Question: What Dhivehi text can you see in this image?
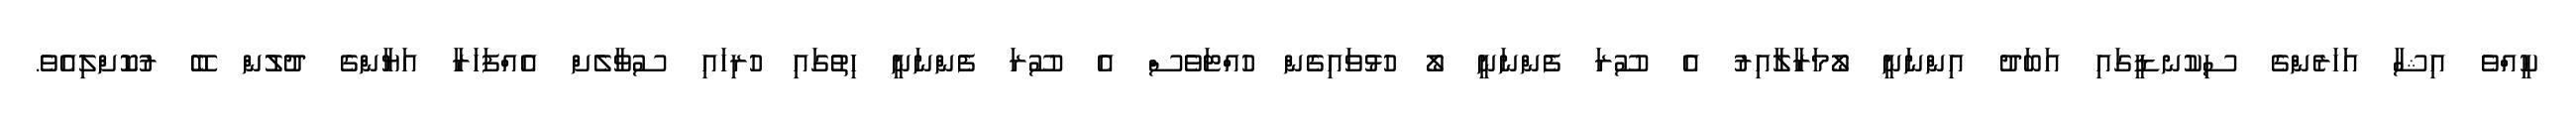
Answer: ކީއްވެ އިޝާ އަހަރެންގެ ސިކުނޑީގައި އަބަދު އިންނަނީ ލޯމަރާލާއިރު އެ ސޫރަ ފެންނަނީ ލޯ ހުޅުވައިގެން ހުއްޓަވެސް އެ ސޫރަ ފެންނަނީ ހިތުގައި ހުރިހައި ސުވާލެށް އެއްފަހަރާ އަޔާންގެ ދުލުން ބޭ ރުކޮށްލިއެވެ.